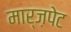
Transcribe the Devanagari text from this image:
मार्ज़पेट